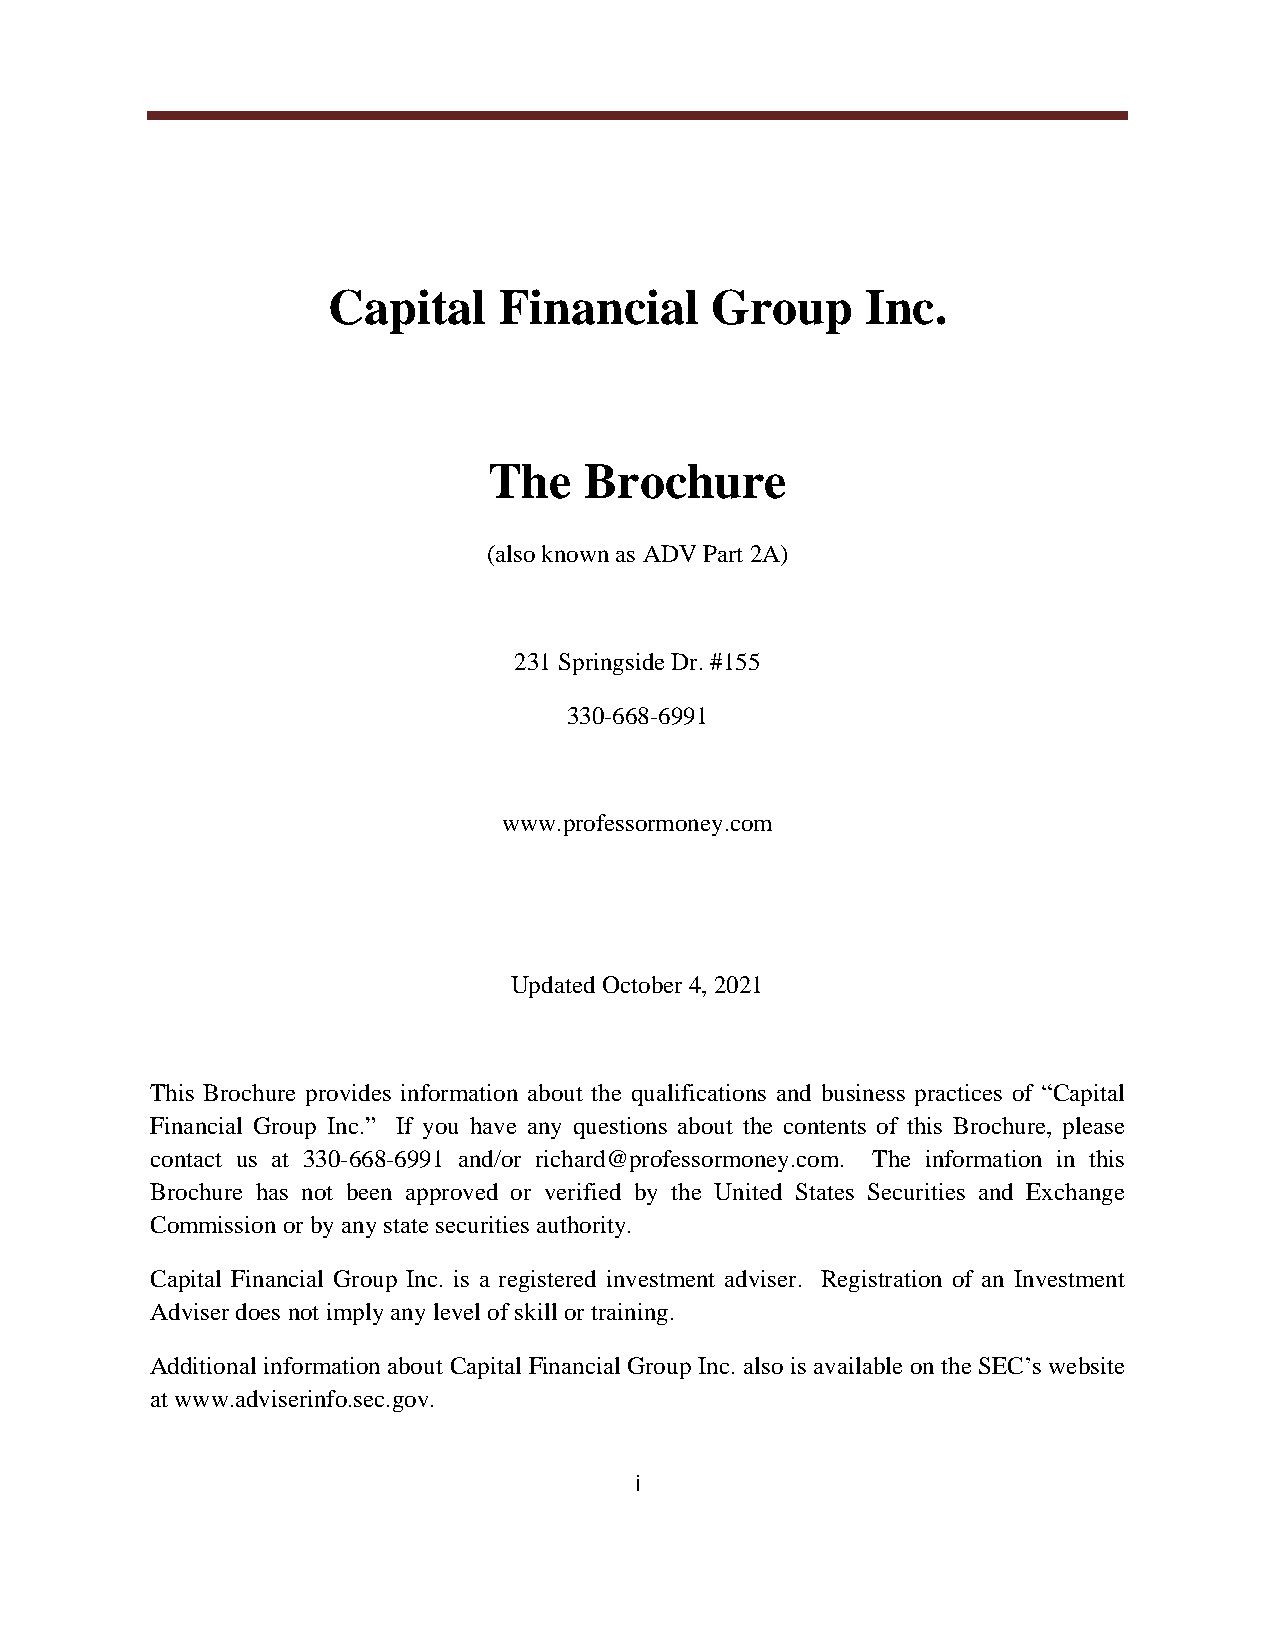
Capital    Financial     Group     Inc.
 The    Brochure
 (also known as ADV Part 2A)
 231 Springside Dr. #155
 330-668-6991
 www.professormoney.com
 Updated October 4, 2021
 This Brochure provides information about the qualifications and business practices of Capital
 Financial Group Inc. If you have any questions about the contents of this Brochure, please
 contact us at 330-668-6991 and/or richard@professormoney.com. The information in this
 Brochure has not been approved or verified by the United States Securities and Exchange
 Commission or by any state securities authority.
 Capital Financial Group Inc. is a registered investment adviser. Registration of an Investment
 Adviser does not imply any level of skill or training.
 Additional information about Capital Financial Group Inc. also is available on the SEC s website
 at www.adviserinfo.sec.gov.
 i